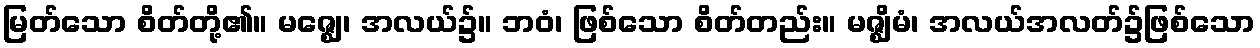
မြတ်သော စိတ်တို့၏။ မဇ္ဈေ၊ အလယ်၌။ ဘဝံ၊ ဖြစ်သော စိတ်တည်း။ မဇ္ဈိမံ၊ အလယ်အလတ်၌ဖြစ်သော